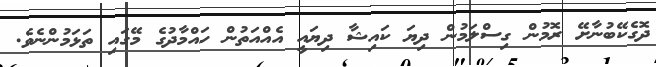
ދޮގެކޭބުނާށޭ ރޮމުން ގިސްލަމުން ދިޔަ ކައިޝާ ދިޔައީ އެއްއަތުން ހައްމާދުގެ މޭގައި ތަޅަމުންނެވެ.